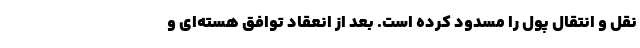
نقل و انتقال پول را مسدود کرده است. بعد از انعقاد توافق هسته‌ای و